Civil Veterinary Department. Madras. Admin. report 1910-25 - 1910-1925
Year: 1910
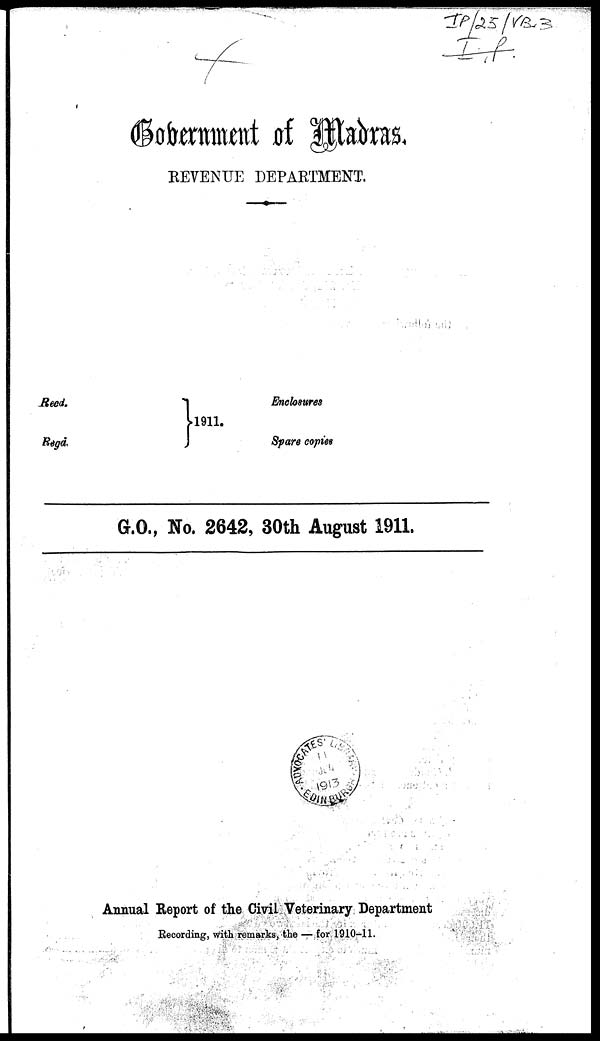
Government of Madras.
REVENUE DEPARTMENT.
Recd.
Regd.
1911.
Enclosures
Spare copies
G.O., No. 2642, 30th August 1911.
Annual Report of the Civil Veterinary Department
Recording, With remarks, the —for 1910-11.